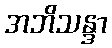
အဘိသန္ဒာ